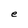
Character: e